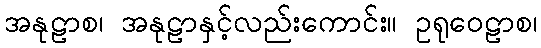
အနုဠာစ၊ အနုဠာနှင့်လည်းကောင်း။ ဥရုဝေဠာစ၊